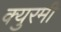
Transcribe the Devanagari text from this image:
क्युरमी